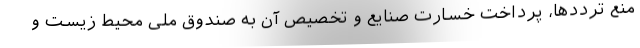
منع ترددها، پرداخت خسارت صنایع و تخصیص آن به صندوق ملی محیط زیست و